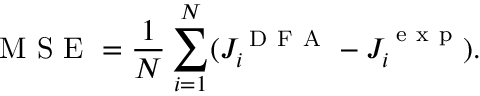
\mathrm { ~ M ~ S ~ E ~ } = \frac { 1 } { N } \sum _ { i = 1 } ^ { N } ( J _ { i } ^ { \mathrm { ~ D ~ F ~ A ~ } } - J _ { i } ^ { \mathrm { ~ e ~ x ~ p ~ } } ) .